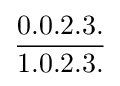
{\frac {0.0.2.3.}{1.0.2.3.}}